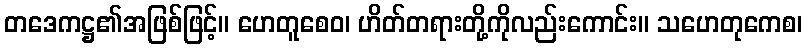
တဒေကဋ္ဌ၏အဖြစ်ဖြင့်။ ဟေတူစေဝ၊ ဟိတ်တရားတို့ကိုလည်းကောင်း။ သဟေတုကေစ၊